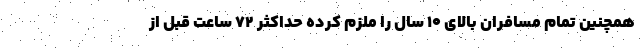
همچنین تمام مسافران بالای ۱۰ سال را ملزم کرده حداکثر ۷۲ ساعت قبل از